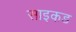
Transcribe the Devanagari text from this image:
साइकड